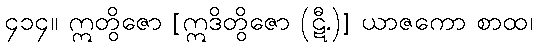
၄၁၄။ ဣတွိဇော [ဣဒိတွိဇော (ဋီ.)] ယာဇကော စာထ၊